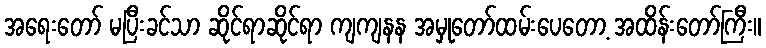
အရေးတော် မပြီးခင်သာ ဆိုင်ရာဆိုင်ရာ ကျကျနန အမှုတော်ထမ်းပေတော့ အထိန်းတော်ကြီး။